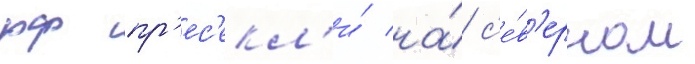
рф пр'ес'екл'и́ на́ с'е́в'ерном